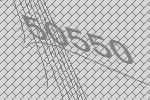
50550